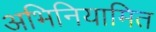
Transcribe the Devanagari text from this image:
अभिनियामित